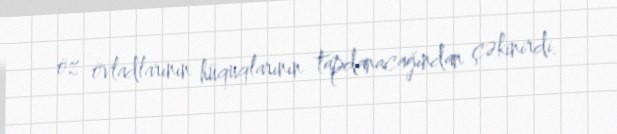
öz övladlarının hüquqlarının tapdanacağından çəkinirdi.